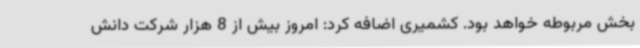
بخش مربوطه خواهد بود. کشمیری اضافه کرد: امروز بیش از 8 هزار شرکت دانش